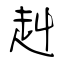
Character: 赳